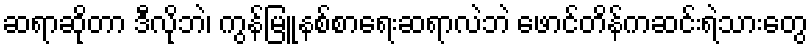
ဆရာဆိုတာ ဒီလိုဘဲ၊ ကွန်မြူနစ်စာရေးဆရာလဲဘဲ ဖောင်တိန်ကဆင်းရဲသားတွေ